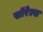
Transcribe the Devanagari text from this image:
सॉरेल्स